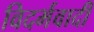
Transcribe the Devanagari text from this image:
विदर्भवादी